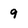
Character: 9